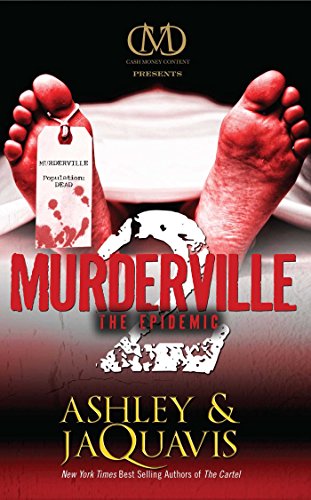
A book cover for Murderville 2: The Epidemic; Ashley Coleman; Romance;